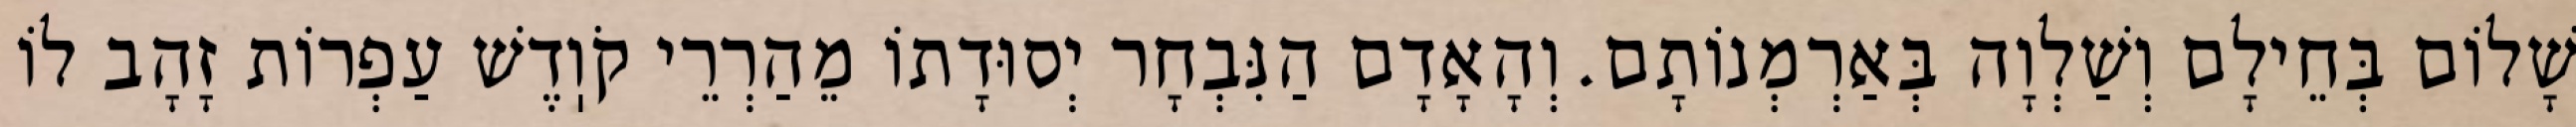
שָׁלוֹם בְּחֵילָם וְשַׁלְוָה בְּאַרְמְנוֹתָם. וְהָאָדָם הַנִּבְחָר יְסוּדָתוֹ מֵהַרְרֵי קֹוֽדֶשׁ עַפְרוֹת זָהָב לוֹ